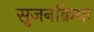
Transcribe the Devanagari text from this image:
सृजनक्रिया